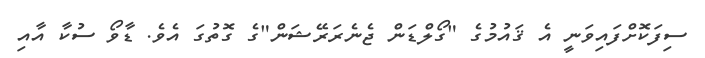
ސިފަކޮށްފައިވަނީ އެ ޤައުމުގެ "ގޯލްޑަން ޖެނެރަރޭޝަން"ގެ ގޮތުގަ އެވެ. ޑާވޯ ސުކާ އާއި